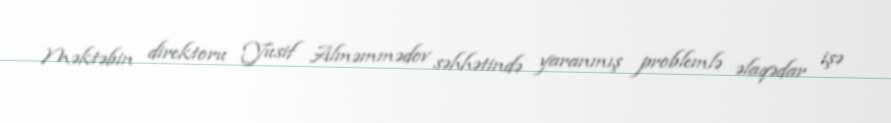
Məktəbin direktoru Yusif Alməmmədov səhhətində yaranmış problemlə əlaqədar işə